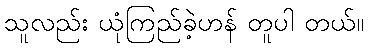
သူလည်း ယုံကြည်ခဲ့ဟန် တူပါ တယ်။